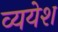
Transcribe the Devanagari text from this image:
व्ययेश